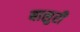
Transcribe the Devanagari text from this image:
बासुरी